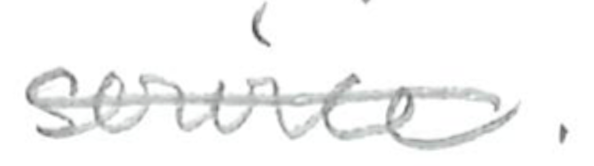
Text: service.
Cross-out: single-line
Writing tool: pencil